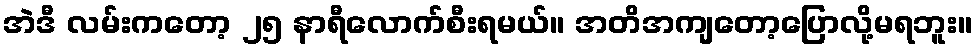
အဲဒီ လမ်းကတော့ ၂၅ နာရီလောက်စီးရမယ်။ အတိအကျတော့ပြောလို့မရဘူး။